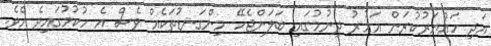
އަދި ހައްޔަރުކުރަން އަމުރު ދިނުމުގައި ބަލަންޖެހޭ މިންގަނޑުތަކެއް ވެސް އެ ހުކުމުގައިވެ އެވެ.